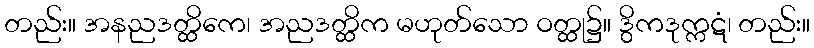
တည်း။ အနညဒတ္ထိကေ၊ အညဒတ္ထိက မဟုတ်သော ဝတ္ထု၌။ ဒွိကဒုက္ကဋံ၊ တည်း။